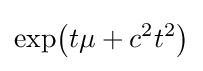
\exp \!{\big (}t\mu +c^{2}t^{2}{\big )}